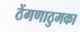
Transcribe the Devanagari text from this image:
ठेंगणाठुमका